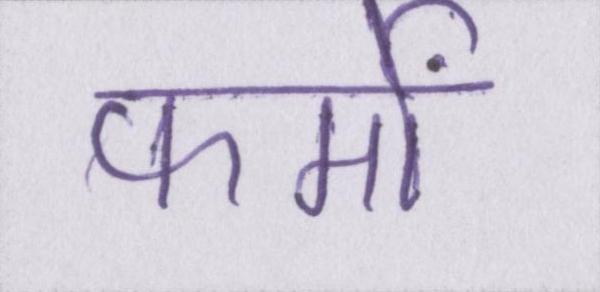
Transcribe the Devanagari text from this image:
फर्मों